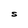
Character: S